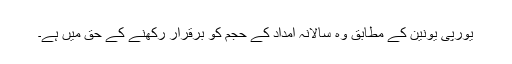
یورپی یونین کے مطابق وہ سالانہ امداد کے حجم کو برقرار رکھنے کے حق میں ہے۔